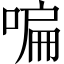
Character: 𠷨